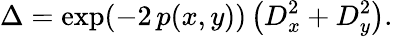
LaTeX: \Delta=\exp(-2\, p(x,y))\left(D_{x}^{2}+D_{y}^{2}\right).